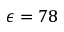
\epsilon = 7 8